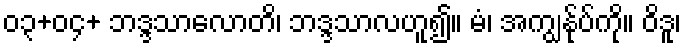
၀၃+၀၄+ ဘဒ္ဒသာလောတိ၊ ဘဒ္ဒသာလဟူ၍။ မံ၊ အကျွန်ုပ်ကို။ ဝိဒူ၊